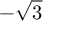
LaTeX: - { \sqrt { 3 } }